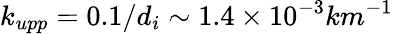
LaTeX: k_{upp}=0.1/d_{i}\sim 1.4\times 10^{-3}km^{-1}